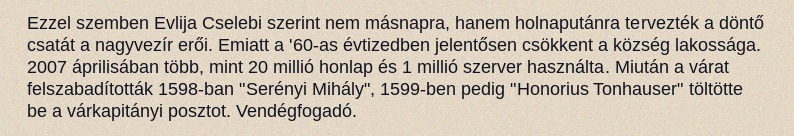
Ezzel szemben Evlija Cselebi szerint nem másnapra, hanem holnaputánra tervezték a döntő csatát a nagyvezír erői. Emiatt a '60-as évtizedben jelentősen csökkent a község lakossága. 2007 áprilisában több, mint 20 millió honlap és 1 millió szerver használta. Miután a várat felszabadították 1598-ban "Serényi Mihály", 1599-ben pedig "Honorius Tonhauser" töltötte be a várkapitányi posztot. Vendégfogadó.